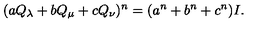
( a Q _ { \lambda } + b Q _ { \mu } + c Q _ { \nu } ) ^ { n } = ( a ^ { n } + b ^ { n } + c ^ { n } ) I .